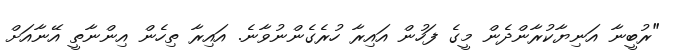
"ރުބީނާ އަނިޔާކުރާންދެން މީގެ ފަހުން އައިރާ ހުރެގެންނުވާނެ. އައިރާ ތިހެން އިންނާތީ އޭނާއަށް